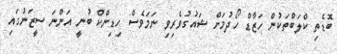
ބޮޑެތި ކްލަބްތަކުން ހަޒާޑް ހޯދުމަށް ޝައުގުވެރިވި ނަމަވެސް ހިޑިންކް ބުނީ އަންނަ ސީޒަނުގައި